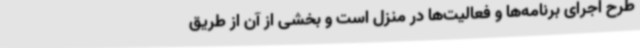
طرح اجرای برنامه‌ها و فعالیت‌ها در منزل است و بخشی از آن از طریق